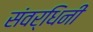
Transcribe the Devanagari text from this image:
संवर्धिनी